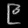
Digit: ၉